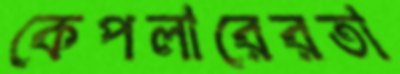
কেপলারেরতা